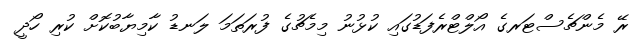
ރޭ މެންޗެސްޓަރގެ އޯލްޓްރެފަޑުގައި ކުޅުނު މިމެޗުގެ ފުރަތަމަ ލަނޑު ކާމިޔާބުކޮށް ކުރި ހޯދީ